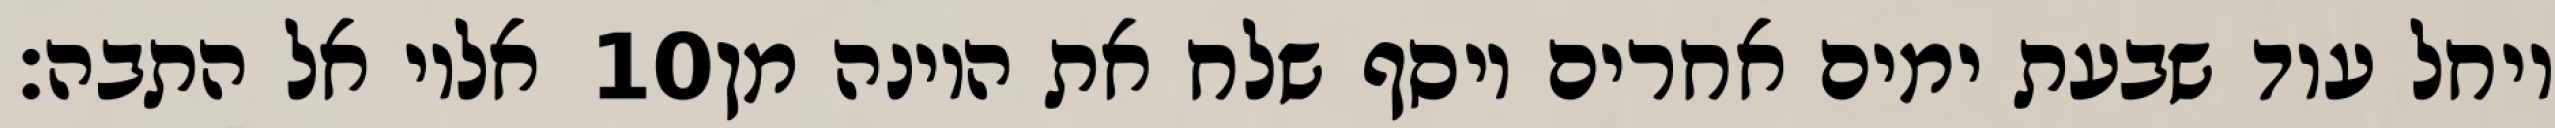
אליו אל התבה׃ ‎10‏ ויחל עוד שבעת ימים אחרים ויסף שלח את היונה מן